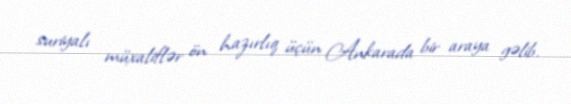
suriyalı müxaliflər ön hazırlıq üçün Ankarada bir araya gəlib.